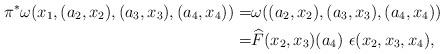
LaTeX: \begin{align*} \pi^* \omega(x_1,(a_2,x_2),(a_3,x_3),(a_4,x_4))=& \omega((a_2,x_2),(a_3,x_3),(a_4,x_4))\\ =& \widehat{F}(x_2,x_3)(a_4) \ \epsilon(x_2,x_3,x_4), \end{align*}